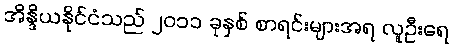
အိန္ဒိယနိုင်ငံသည် ၂၀၁၁ ခုနှစ် စာရင်းများအရ လူဦးရေ